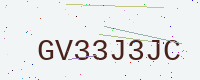
Text: GV33J3JC